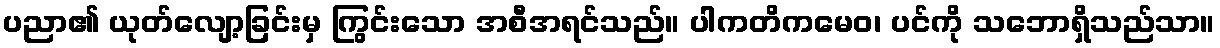
ပညာ၏ ယုတ်လျော့ခြင်းမှ ကြွင်းသော အစီအရင်သည်။ ပါကတိကမေဝ၊ ပင်ကို သဘောရှိသည်သာ။